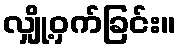
လျှို့ဝှက်ခြင်း။